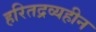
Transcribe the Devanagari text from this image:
हरितद्रव्यहीन